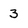
Character: 3